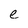
Character: e